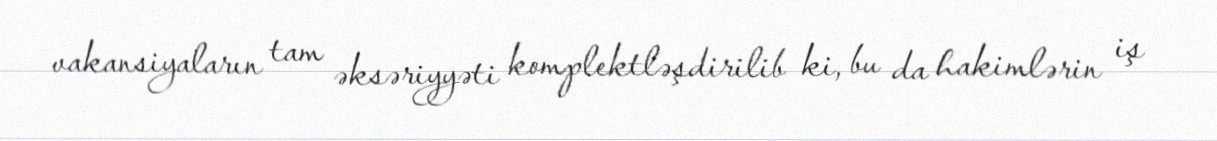
vakansiyaların tam əksəriyyəti komplektləşdirilib ki, bu da hakimlərin iş